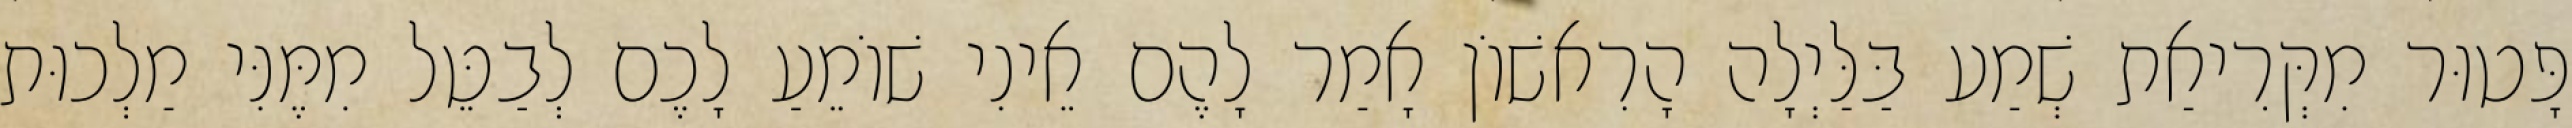
פָּטוּר מִקְּרִיאַת שְׁמַע בַּלַּיְלָה הָרִאשׁוֹן אָמַר לָהֶם אֵינִי שׁוֹמֵעַ לָכֶם לְבַטֵּל מִמֶּנִּי מַלְכוּת